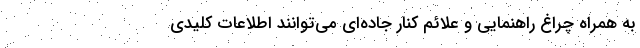
به همراه چراغ راهنمایی و علائم کنار جاده‌ای می‌توانند اطلاعات کلیدی